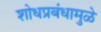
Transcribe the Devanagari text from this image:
शोधप्रबंधामुळे